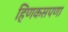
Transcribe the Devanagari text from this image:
हिणकसपणा